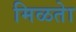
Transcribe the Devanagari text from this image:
मिळतेा